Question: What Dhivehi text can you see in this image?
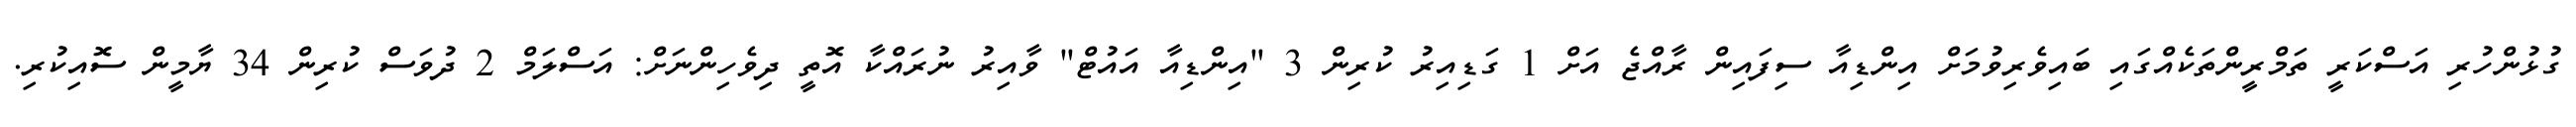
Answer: ގުޅުންހުރި އަސްކަރީ ތަމްރީންތަކެއްގައި ބައިވެރިވުމަށް އިންޑިއާ ސިފައިން ރާއްޖެ އަށް 1 ގަޑިއިރު ކުރިން 3 "އިންޑިއާ އައުޓް" ވާއިރު ނުރައްކާ އޮތީ ދިވެހިންނަށް: އަސްލަމް 2 ދުވަސް ކުރިން 34 ޔާމީން ސޮއިކުރި.